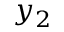
y _ { 2 }